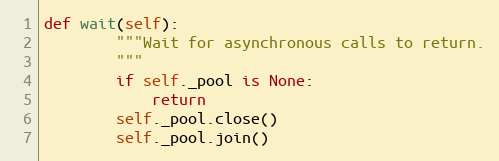
Language: Python
def wait(self):
        """Wait for asynchronous calls to return.
        """
        if self._pool is None:
            return
        self._pool.close()
        self._pool.join()